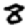
Digit: 8